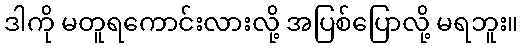
ဒါကို မတူရကောင်းလားလို့ အပြစ်ပြောလို့ မရဘူး။